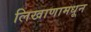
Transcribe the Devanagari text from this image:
लिखाणामधून